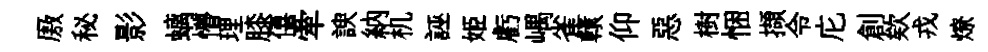
厫秘影螭懵理膝僖牽諛納机誣姬虧嵎雀轅仰惡樹悃擷令庀創欸戎燎